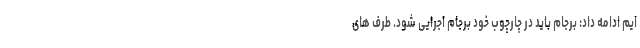
ایم ادامه داد: برجام باید در چارچوب خود برجام اجرایی شود. طرف های